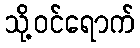
သို့ဝင်ရောက်